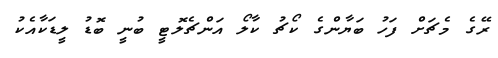
ރޭގެ މެޗަށް ފަހު ބަޔާންގެ ކޯޗު ކާލޯ އަންޗެލޮޓީ ބުނީ ބޮޑު ލީޑަކާއެކު